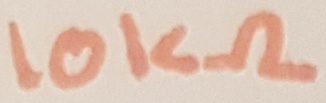
Text: 10KΩ